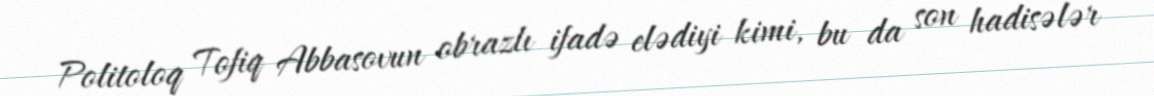
Politoloq Tofiq Abbasovun obrazlı ifadə elədiyi kimi, bu da son hadisələr